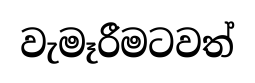
වැමෑරීමටවත්